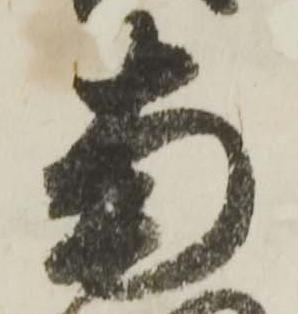
南